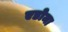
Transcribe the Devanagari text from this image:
एडोमा